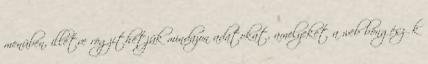
menüben, illetve rögzíthetjük mindazon adatokat, amelyeket a web böngészők